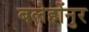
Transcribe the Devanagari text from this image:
बलेहोंनुर